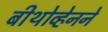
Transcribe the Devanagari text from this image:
बीथोव्हेनने